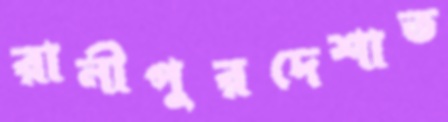
রানীপুরদেশাত